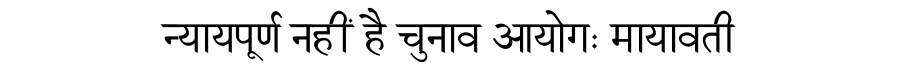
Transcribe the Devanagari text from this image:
न्यायपूर्ण नहीं है चुनाव आयोगः मायावती